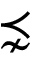
\precnsim